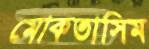
মোকতাসিম